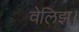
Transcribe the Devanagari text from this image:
वेलिझ।